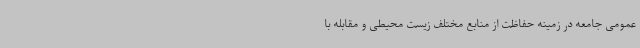
عمومی جامعه در زمینه حفاظت از منابع مختلف زیست محیطی و مقابله با